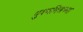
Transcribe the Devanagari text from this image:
पुश्यमित्रच्या